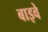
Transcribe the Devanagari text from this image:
बाइवे